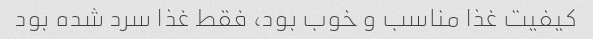
کیفیت غذا مناسب و خوب بود، فقط غذا سرد شده بود